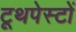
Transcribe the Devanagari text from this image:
टूथपेस्टों